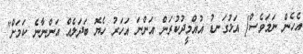
އެހެން ނަމަވެސް] އަޅުގަނޑު އުއްމީދުކުރަން އަންނަ އަހަރު ހެޔޮ ބަދަލެއް އަންނާނެ ކަމަށް"